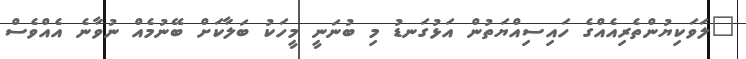
"ލަވަކިޔުންތެރިއެއްގެ ހައިސިއްޔަތުން އަޅުގަނޑު މި ބުނަނީ މީހަކު ބަލާކަށް ބޭނުމެއް ނުވާނެ އެއްވެސް